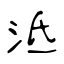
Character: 泜